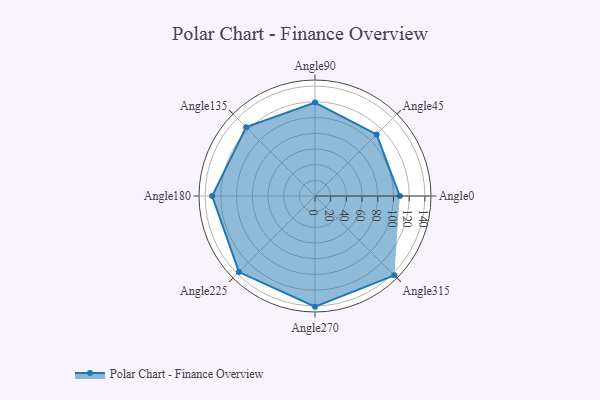
{"axis": {"x": "Angle", "y": "Radius"}, "legend": [""], "data": [{"x": "Angle0", "y": 108.0, "type": ""}, {"x": "Angle45", "y": 111.0, "type": ""}, {"x": "Angle90", "y": 119.0, "type": ""}, {"x": "Angle135", "y": 124.0, "type": ""}, {"x": "Angle180", "y": 131.0, "type": ""}, {"x": "Angle225", "y": 137.0, "type": ""}, {"x": "Angle270", "y": 141.0, "type": ""}, {"x": "Angle315", "y": 143.0, "type": ""}]}